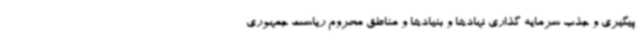
پیگیری و جذب سرمایه گذاری نهادها و بنیادها و مناطق محروم ریاست جمهوری